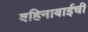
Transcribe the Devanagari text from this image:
बहिनाबाईची